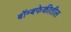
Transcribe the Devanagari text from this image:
बॉम्बफेकीतील